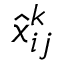
\hat { x } _ { i j } ^ { k }